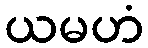
ယမဟံ